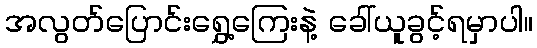
အလွတ်ပြောင်းရွှေ့ကြေးနဲ့ ခေါ်ယူခွင့်ရမှာပါ။